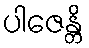
ပါဇေန္တိ